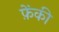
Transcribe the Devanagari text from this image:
फ़ेंकी